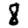
Digit: 8